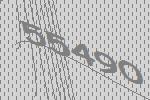
55490